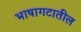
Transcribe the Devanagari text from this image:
भाषागटातील